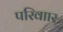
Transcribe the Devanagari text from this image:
परिवाार